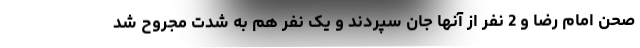
صحن امام رضا و 2 نفر از آنها جان سپردند و یک نفر هم به شدت مجروح شد